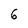
Character: 6